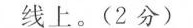
线上。(2分）